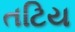
તટિય